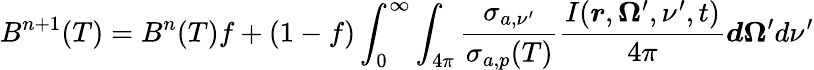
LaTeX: B^{n+1}(T)=B^{n}(T)f+(1-f)\int_{0}^{\infty}\int_{4\pi}\frac{\sigma_{a,\nu^{\prime}}}{\sigma_{a,p}(T)}\frac{I(\boldsymbol{r},\boldsymbol{\Omega}^{\prime},\nu^{\prime},t)}{4\pi}\boldsymbol{d\Omega}^{\prime}d\nu^{\prime}